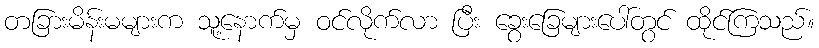
တခြားမိန်းမများက သူ့နောက်မှ ဝင်လိုက်လာ ပြီး ခွေးခြေများပေါ်တွင် ထိုင်ကြသည်။